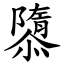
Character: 隳